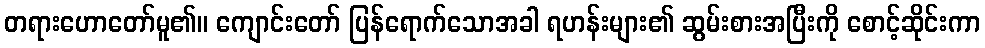
တရားဟောတော်မူ၏။ ကျောင်းတော် ပြန်ရောက်သောအခါ ရဟန်းများ၏ ဆွမ်းစားအပြီးကို စောင့်ဆိုင်းကာ